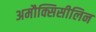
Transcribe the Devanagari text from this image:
अमौक्सिसीलिन